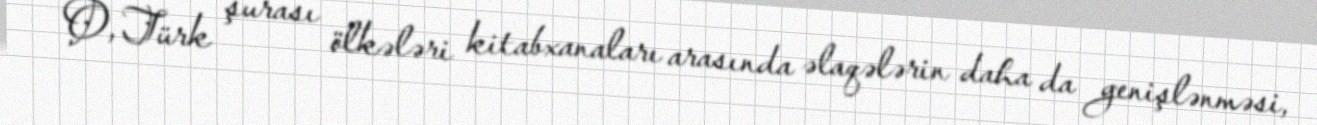
O, Türk şurası ölkələri kitabxanaları arasında əlaqələrin daha da genişlənməsi,